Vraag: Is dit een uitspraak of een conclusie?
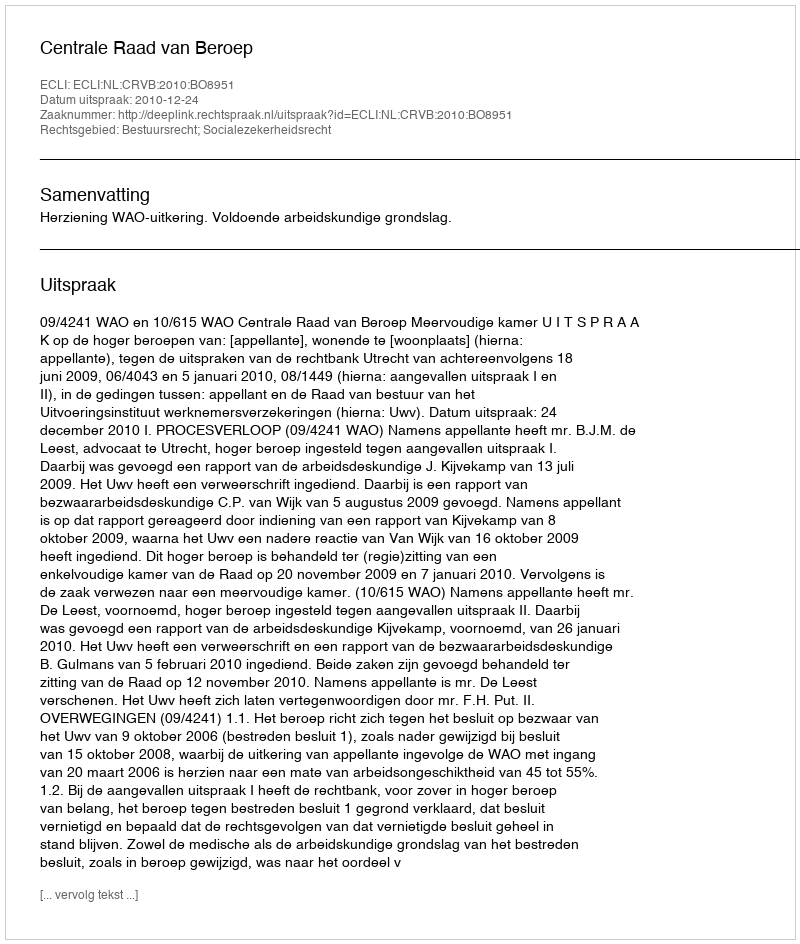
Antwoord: Uitspraak